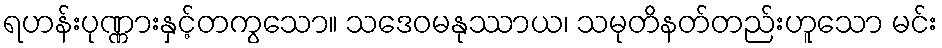
ရဟန်းပုဏ္ဏားနှင့်တကွသော။ သဒေဝမနုဿာယ၊ သမုတိနတ်တည်းဟူသော မင်း